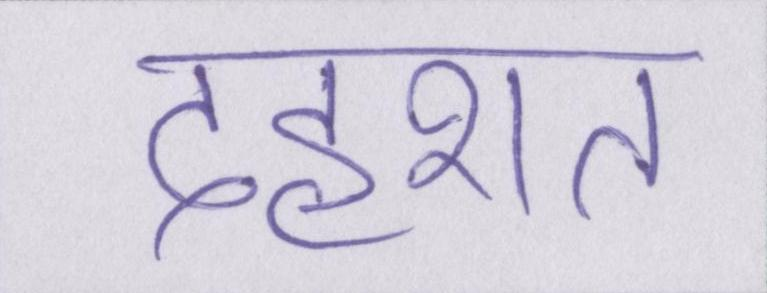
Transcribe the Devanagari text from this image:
दहशत